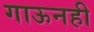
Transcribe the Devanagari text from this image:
गाऊनही